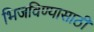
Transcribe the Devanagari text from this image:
भिजविण्यासाठी